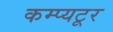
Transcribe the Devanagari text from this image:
कम्प्यटूर